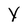
Character: Y